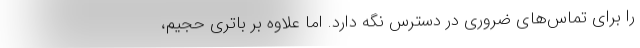
را برای تماس‌های ضروری در دسترس نگه دارد. اما علاوه بر باتری حجیم،